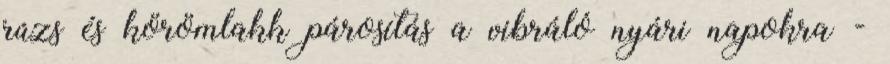
rúzs és körömlakk párosítás a vibráló nyári napokra -